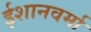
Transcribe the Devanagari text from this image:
ईशानवर्मा